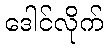
ဒေါင်လိုက်